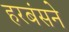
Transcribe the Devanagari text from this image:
हरबंसने